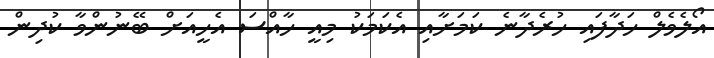
އޯލެވެލް ހަދާފައި ހުރެދާނެ ކަމަށާއި އެކަމަކު މިއީ ހާއްސަ އެހީއަށް ބޭނުންވާ ކުދިން